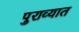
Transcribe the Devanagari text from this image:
पुराव्यात